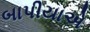
બાપીયાએ